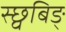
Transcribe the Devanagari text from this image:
स्छ्वबिङ्